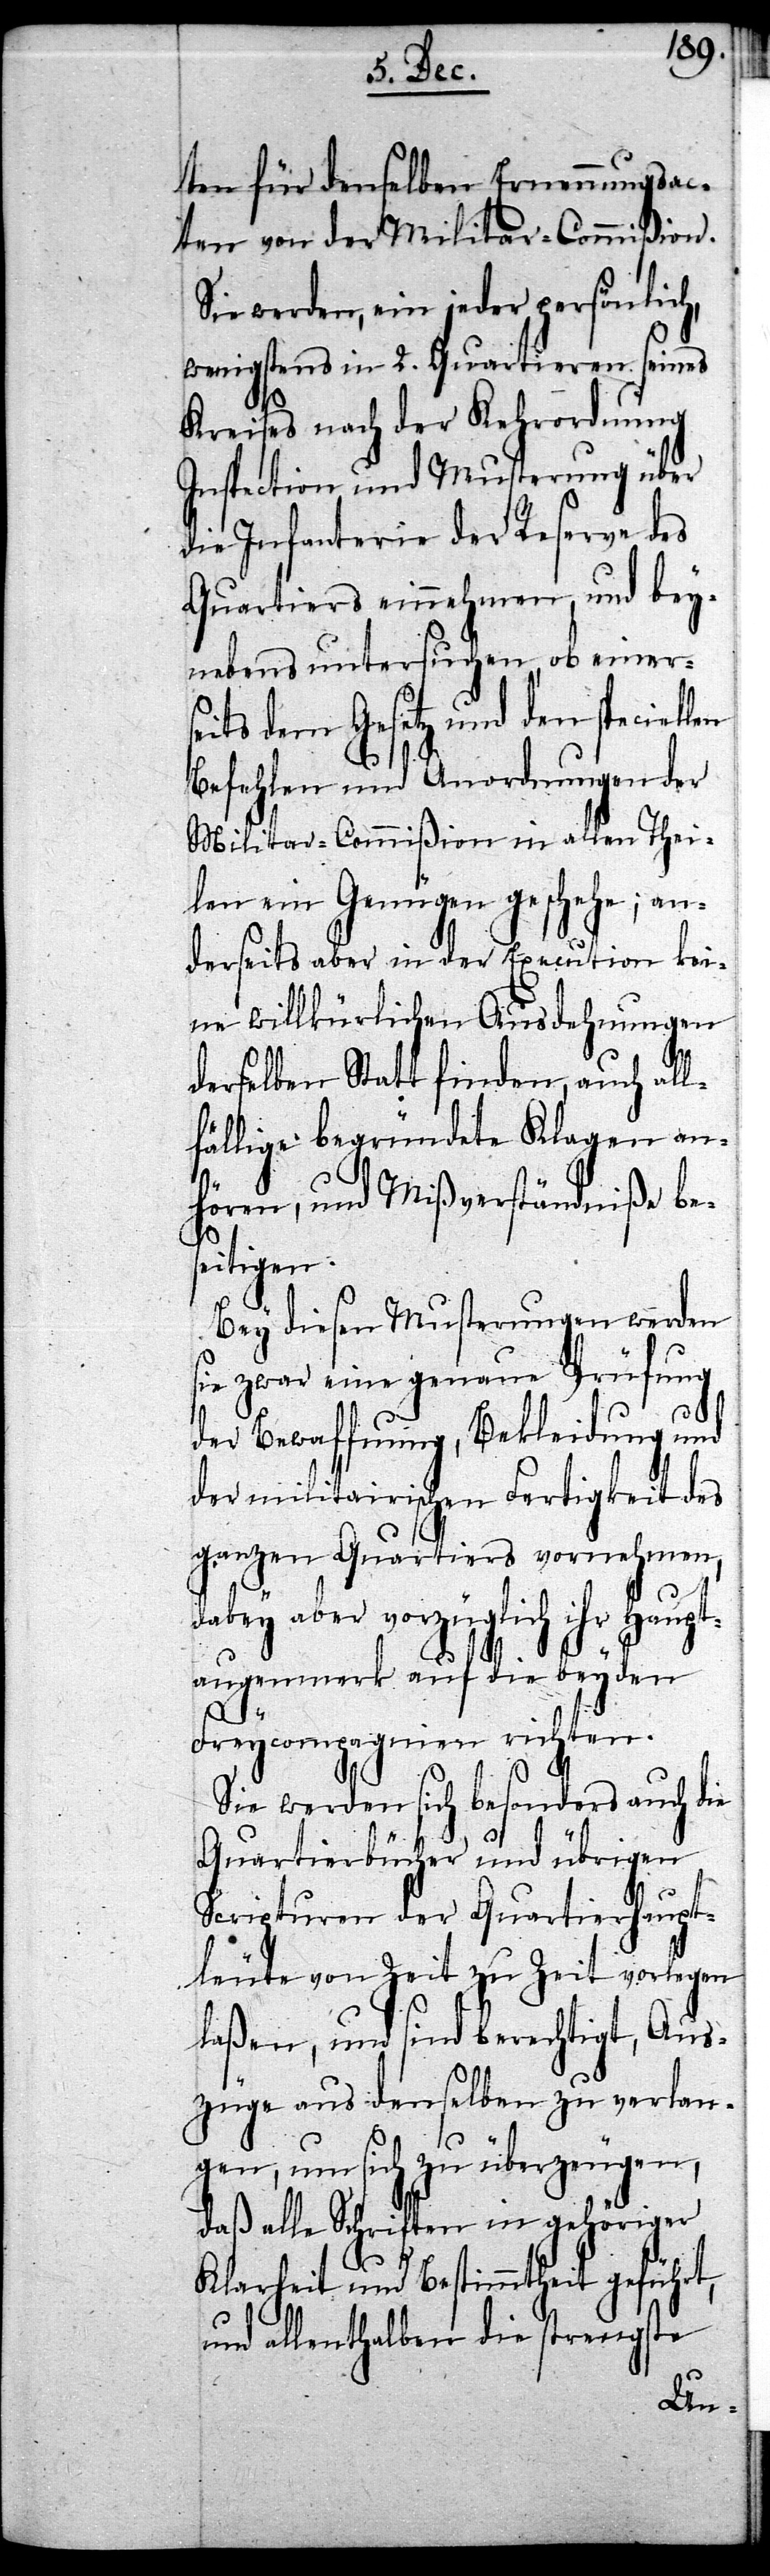
ten für denselben Ernennungsac¬
ten von der Militar-Commißion.
Sie werden, ein jeder persönlich,
wenigstens in 2. Quartieren seines
Kreises nach der Kehrordnung
Inspection und Musterung über
die Infanterie der Reserve des
Quartiers einnehmen, und bey¬
nebens untersuchen, ob einers¬
eits dem Gesetz und den speciell¬
Befehlen und Anordnungen der
Militar-Commißion in allen Thei¬
len ein Genüge geschehe; an¬
derseits aber in der Execution kei¬
ne willkürlichen Ausdehnungen
derselben Statt finden, auch all¬
fällige begründete Klagen an¬
hören, und Mißverständniße bes¬
eitigen.
en
Bey diesen Musterungen werden
sie zwar eine genaue Prüfung
der Bewaffnung, Bekleidung und
der militarischen Fertigkeit des
ganzen Quartiers vornehmen,
dabey aber vorzüglich ihr Haupt¬
augenmerk auf die beyden
Freycompagnien richten.
Sie werden sich besonders auch die
Quartierbücher und übrigen
Scripturen der Quartierhaupt¬
leute von Zeit zu Zeit vorlegen
laßen, und sind berechtigt, Aus¬
züge aus denselben zu verlan¬
gen, um sich zu überzeugen,
daß alle Schriften in gehöriger
Klarheit und Bestimmtheit geführt,
und allenthalben die strengste